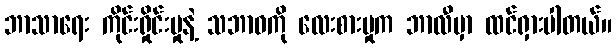
ဘာသာရေး ကိုင်းရှိုင်းမှုနဲ့ သဘာဝကို လေးစားမှုက ဘာလီမှာ ထင်ရှားပါတယ်။